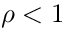
\rho < 1